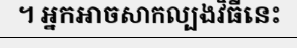
។ អ្នកអាចសាកល្បងវិធីនេះ